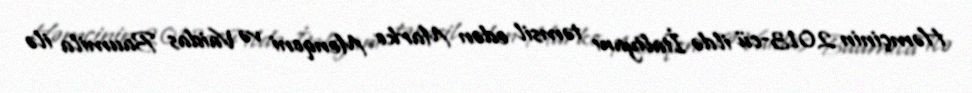
Həmçinin 2013-cü ildə İtaliyanı təmsil edən Marko Menqoni və Vaidas Baumila ilə